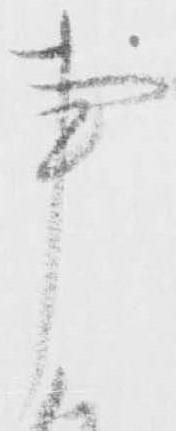
事